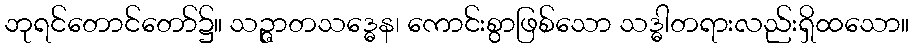
ဘုရင်တောင်တော်၌။ သဉ္ဇာတသဒ္ဓေန၊ ကောင်းစွာဖြစ်သော သဒ္ဓါတရားလည်းရှိထသော။